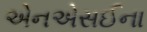
એનએસઈના